Report on the working of the mental hospitals for Indians in Bihar and Orissa - 1925-1929
Year: 1925
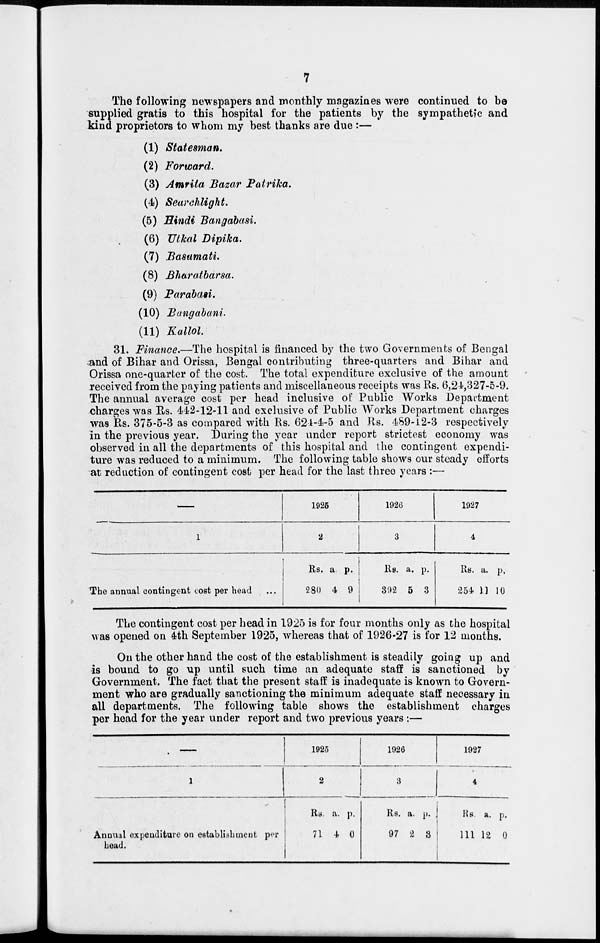
7
The following newspapers and monthly magazines were continued to be
supplied gratis to this hospital for the patients by the sympathetic and
kind proprietors to whom my best thanks are due :—
(1) Statesman.
(2) Forward.
(3) Amrita Bazar Patrika.
(4) Searchlight.
(5) Hindi Bangabasi.
(6) Utkal Dipika.
(7) Basumati.
(8) Bharatbarsa.
(9) Parabasi.
(10) Bangabani.
(11) Kallol.
31. Finance.—The hospital is financed by the two Governments of Bengal
and of Bihar and Orissa, Bengal contributing three-quarters and Bihar and
Orissa one-quarter of the cost. The total expenditure exclusive of the amount
received from the paying patients and miscellaneous receipts was Rs. 6,24,327-5-9.
The annual average cost per head inclusive of Public Works Department
charges was Rs. 442-12-11 and exclusive of Public Works Department charges
was Rs. 375-5-3 as compared with Rs. 624-4-5 and Rs. 489-12-3 respectively
in the previous year. During the year under report strictest economy was
observed in all the departments of this hospital and the contingent expendi-
ture was reduced to a minimum. The following table shows our steady efforts
at reduction of contingent cost per head for the last three years :—
1
The annual contingent cost per head ...
1925
2
Rs.
280
a
4
p.
9
1926
3
Rs.
392
a.
5
p.
3
1927
4
Rs.
254
a.
11
p.
10
The contingent cost per head in 1925 is for four months only as the hospital
was opened on 4th September 1925, whereas that of 1926-27 is for 12 months.
On the other hand the cost of the establishment is steadily going up and
is bound to go up until such time an adequate staff is sanctioned by
Government. The fact that the present staff is inadequate is known to Govern-
ment who are gradually sanctioning the minimum adequate staff necessary in
all departments. The following table shows the establishment charges
per head for the year under report and two previous years :—
—
1
Annual expenditure on establishment per
head.
1925
2
Rs.
71
a.
4
p.
0
1926
3
Rs.
97
a.
2
p.
3
1927
4
Rs.
111
a.
12
p.
0